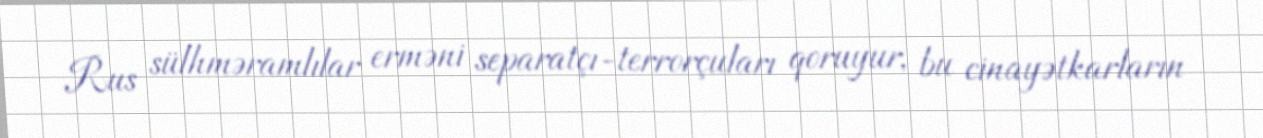
Rus sülhməramlılar erməni separatçı-terrorçuları qoruyur, bu cinayətkarların